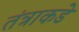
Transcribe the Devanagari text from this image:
तंत्राकडे